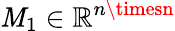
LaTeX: \mathit{M}_{1}\in\mathbb{{R}}^{n\timesn}